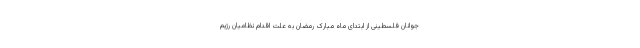
جوانان فلسطینی از ابتدای ماه مبارک رمضان به علت اقدام نظامیان رژیم